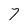
Character: 7